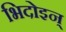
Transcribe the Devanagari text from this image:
भिदोइन्